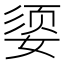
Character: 媭